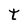
Character: t